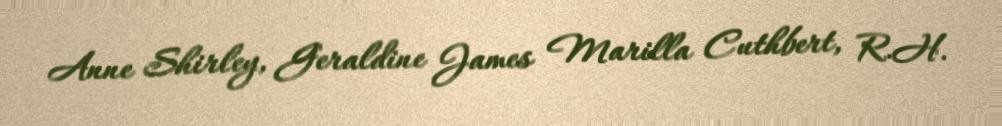
Anne Shirley, Geraldine James Marilla Cuthbert, R.H.